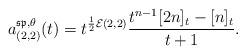
LaTeX: \begin{align*}a_{(2,2)}^{\mathfrak{sp}, \theta }(t)= t^{\frac{1}{2} \mathcal{E}(2,2)} \frac{t^{n-1}[2n]_t - [n]_t}{t+1}.\end{align*}